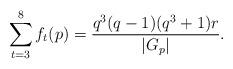
LaTeX: \begin{align*} \sum_{t=3}^{8}f_t(p)=\frac{q^3(q-1)(q^3+1)r}{|G_p|}.\end{align*}